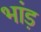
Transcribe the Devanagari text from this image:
भांड़